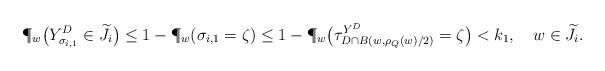
LaTeX: \begin{align*}\P_{w}\big(Y^{D}_{\sigma_{i, 1}}\in \widetilde{J}_i\big) \le 1-\P_{w}( \sigma_{i, 1}=\zeta ) \le 1-\P_{w}\big(\tau^{Y^D}_{D\cap B(w,\rho_Q(w)/2)}=\zeta \big) <k_1,\ \ \ w\in \widetilde{J}_i.\end{align*}